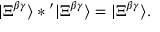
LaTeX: | \Xi ^ { \beta \gamma } \rangle * { } ^ { \prime } | \Xi ^ { \beta \gamma } \rangle = | \Xi ^ { \beta \gamma } \rangle .